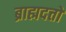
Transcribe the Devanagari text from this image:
ब्राह्मदत्तों